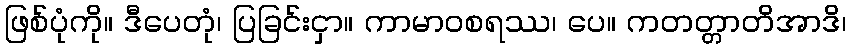
ဖြစ်ပုံကို။ ဒီပေတုံ၊ ပြခြင်းငှာ။ ကာမာဝစရဿ၊ ပေ။ ကတတ္တာတိအာဒိ၊